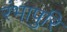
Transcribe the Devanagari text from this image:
रंभापुरि